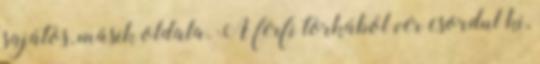
sajátos, másik oldala. A férfi torkából vér csordul ki,